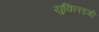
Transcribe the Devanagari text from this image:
युक्लिडची